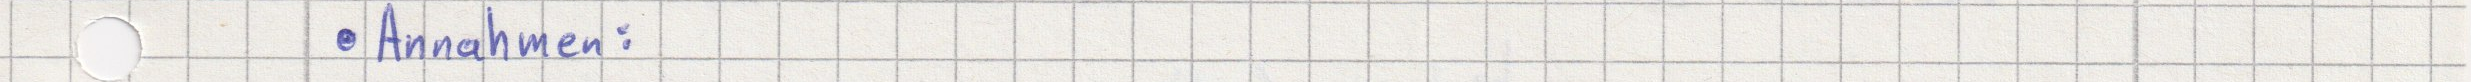
Annahmen: